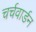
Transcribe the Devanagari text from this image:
चर्चवार्डन